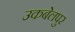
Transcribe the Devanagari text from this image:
उकबेलपुर